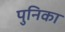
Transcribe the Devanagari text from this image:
पुनिका